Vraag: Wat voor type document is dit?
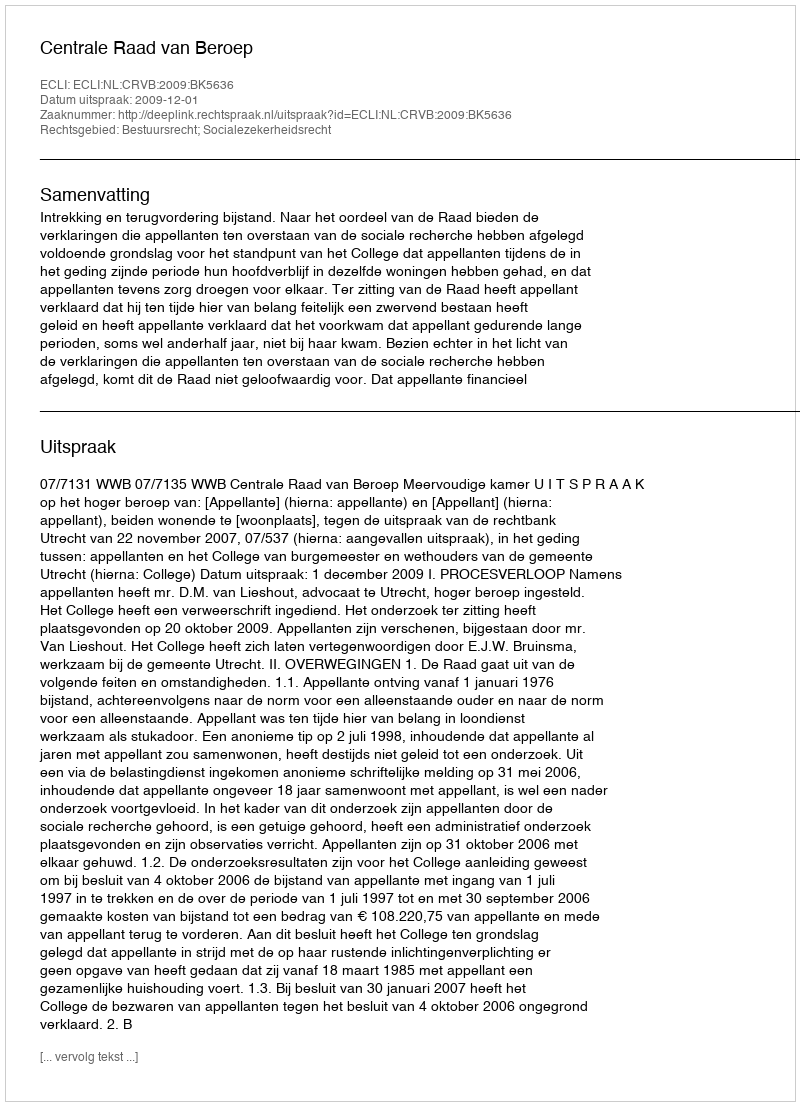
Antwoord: Uitspraak